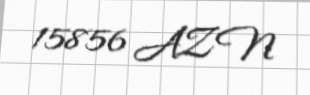
15856 AZN